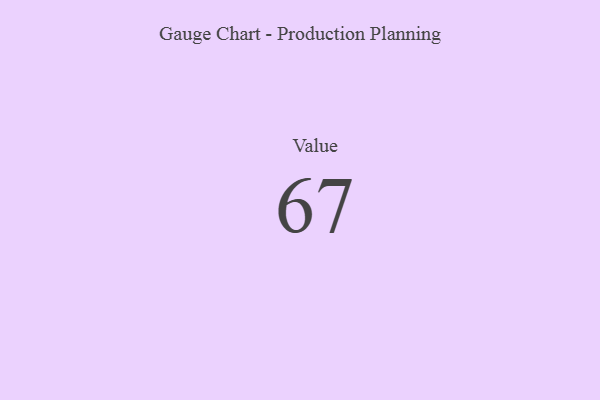
{"axis": {"x": "Metric", "y": "Value"}, "legend": [""], "data": [{"x": "Value", "y": 67, "type": ""}]}